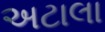
અટાલા